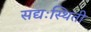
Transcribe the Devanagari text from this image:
सद्यःस्थिती